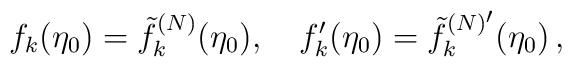
f_k(\eta_0)=\tilde{f}_k^{(N)}(\eta_0), \quad f'_k(\eta_0)={\tilde{f}_k^{(N)^{\scriptstyle \prime}}}(\eta_0)\, ,